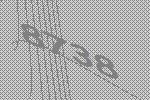
8738